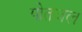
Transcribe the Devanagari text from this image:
पोतजल